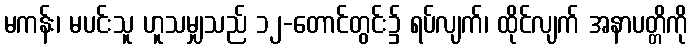
မကန်း၊ မပင်းသူ ဟူသမျှသည် ၁၂-တောင်တွင်း၌ ရပ်လျက်၊ ထိုင်လျက် အနာပတ္တိကို